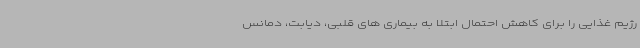
رژیم غذایی را برای کاهش احتمال ابتلا به بیماری های قلبی، دیابت، دمانس